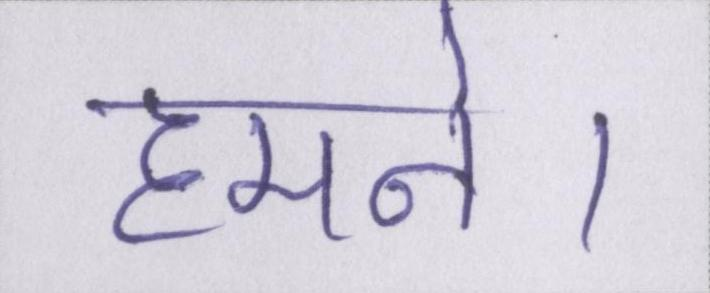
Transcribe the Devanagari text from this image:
हमने।